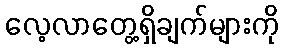
လေ့လာတွေ့ရှိချက်များကို